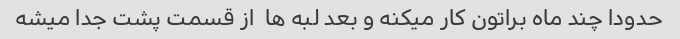
حدودا چند ماه براتون کار میکنه و بعد لبه ها  از قسمت پشت جدا میشه